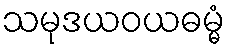
သမုဒယဝယဓမ္မံ